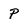
Character: p